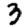
Digit: 3